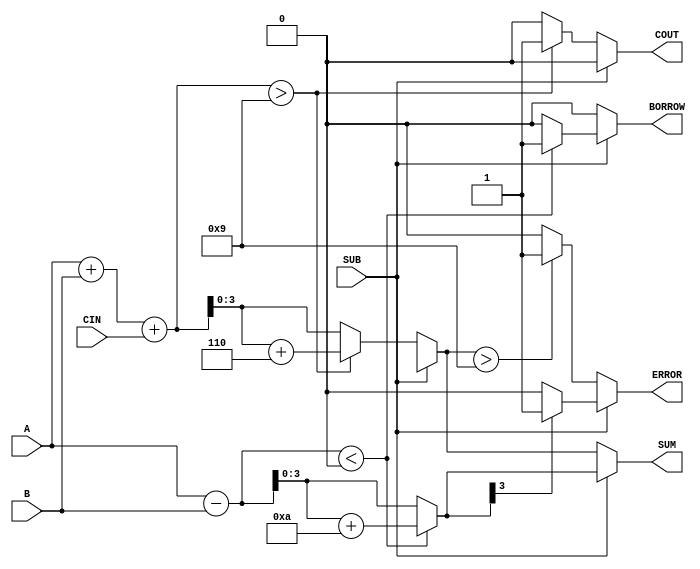
module BCD_Add_Subtracter (
    input  wire [3:0] A,        // First BCD digit
    input  wire [3:0] B,        // Second BCD digit
    input  wire SUB,            // Control signal: 0 for Add, 1 for Subtract
    input  wire CIN,            // Carry input for addition
    output reg  [3:0] SUM,      // Resulting BCD digit
    output reg  COUT,           // Carry output
    output reg  BORROW,         // Borrow output
    output reg  ERROR           // Error flag
);

    reg [4:0] binary_sum;       // To hold the binary sum
    reg [4:0] binary_diff;      // To hold the binary difference

    always @(*) begin
        // Initialize outputs
        SUM = 4'b0000;
        COUT = 1'b0;
        BORROW = 1'b0;
        ERROR = 1'b0;

        if (~SUB) begin // Addition
            binary_sum = A + B + CIN;

            // BCD correction if binary sum exceeds 9
            if (binary_sum > 9) begin
                SUM = binary_sum + 5'b0110; // Add 6 for BCD correction
                COUT = 1'b1;                 // Set carry out
            end else begin
                SUM = binary_sum[3:0];       // Assign the lower 4 bits
            end

            // Set ERROR flag if the corrected SUM exceeds 9
            if (SUM > 9) begin
                ERROR = 1'b1; // Invalid BCD output
            end

        end else begin // Subtraction
            binary_diff = A - B;

            // If result is negative, apply BCD correction
            if (binary_diff < 0) begin
                binary_diff = binary_diff + 10; // Add 10 for BCD correction
                BORROW = 1'b1;                   // Set borrow flag
            end

            // Assign the lower 4 bits of the difference
            SUM = binary_diff[3:0];

            // Set ERROR flag if the result is negative after correction
            if (SUM[3] == 1) begin // Check if the sign bit is set
                ERROR = 1'b1; // Invalid BCD output
            end
        end
    end
endmodule